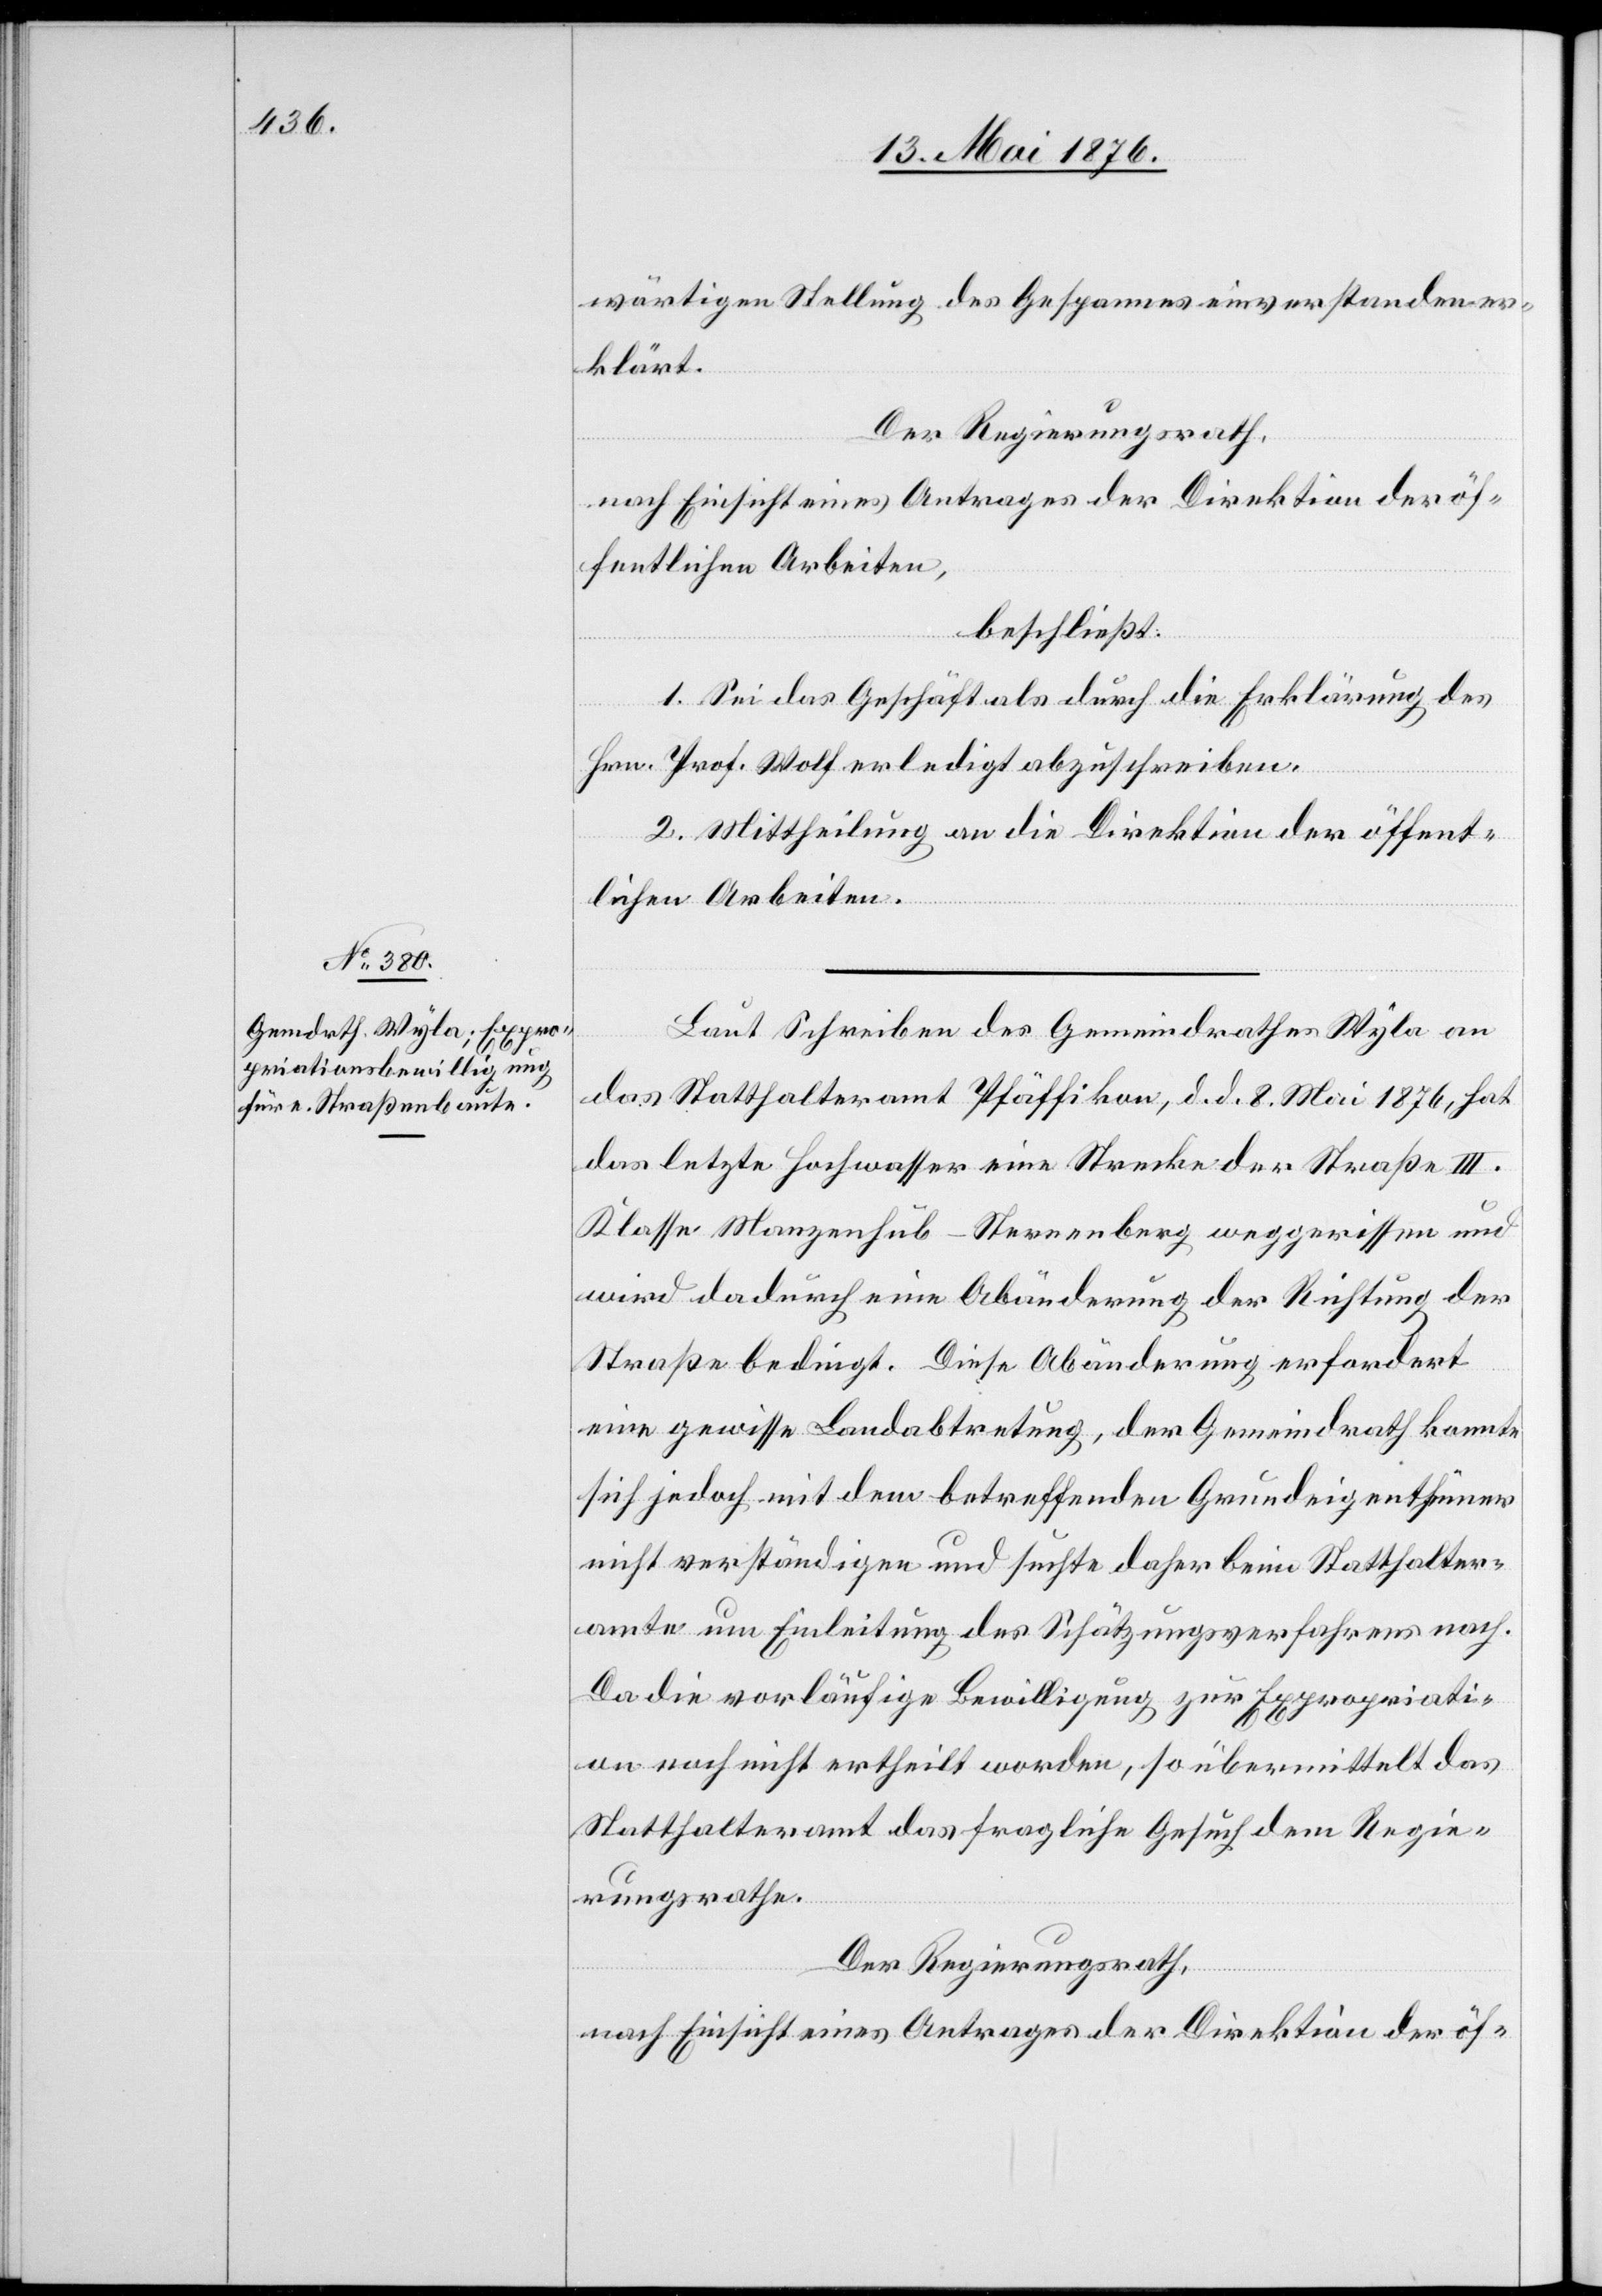
wärtigen Stellung des Gespannes einverstanden er¬
klärt.
Der Regierungsrath,
nach Einsicht eines Antrages der Direktion der öf¬
fentlichen Arbeiten,
beschließt:
1. Sei das Geschäft als durch die Erklärung des
Hrn. Prof. Wolf erledigt abzuschreiben.
2. Mittheilung an die Direktion der öffent¬
lichen Arbeiten.
Laut Schreiben des Gemeindrathes Wyla an
das Statthalteramt Pfäffikon, d. d. 8. Mai 1876, hat
das letzte Hochwasser eine Strecke der Straße III.
Klasse Manzenhub–Sternenberg weggerissen und
wird dadurch eine Abänderung der Richtung der
Straße bedingt. Diese Abänderung erfordert
eine gewisse Landabtretung, der Gemeindrath konnte
sich jedoch mit dem betreffenden Grundeigenthümer
nicht verständigen und suchte daher beim Statthalter¬
amte um Einleitung des Schätzungsverfahrens nach.
Da die vorläufige Bewilligung zur Expropriati¬
on noch nicht ertheilt worden, so übermittelt das
Statthalteramt das fragliche Gesuch dem Regie¬
rungsrathe.
Der Regierungsrath,
nach Einsicht eines Antrages der Direktion der öf-